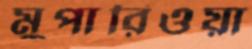
মুপারিওয়া